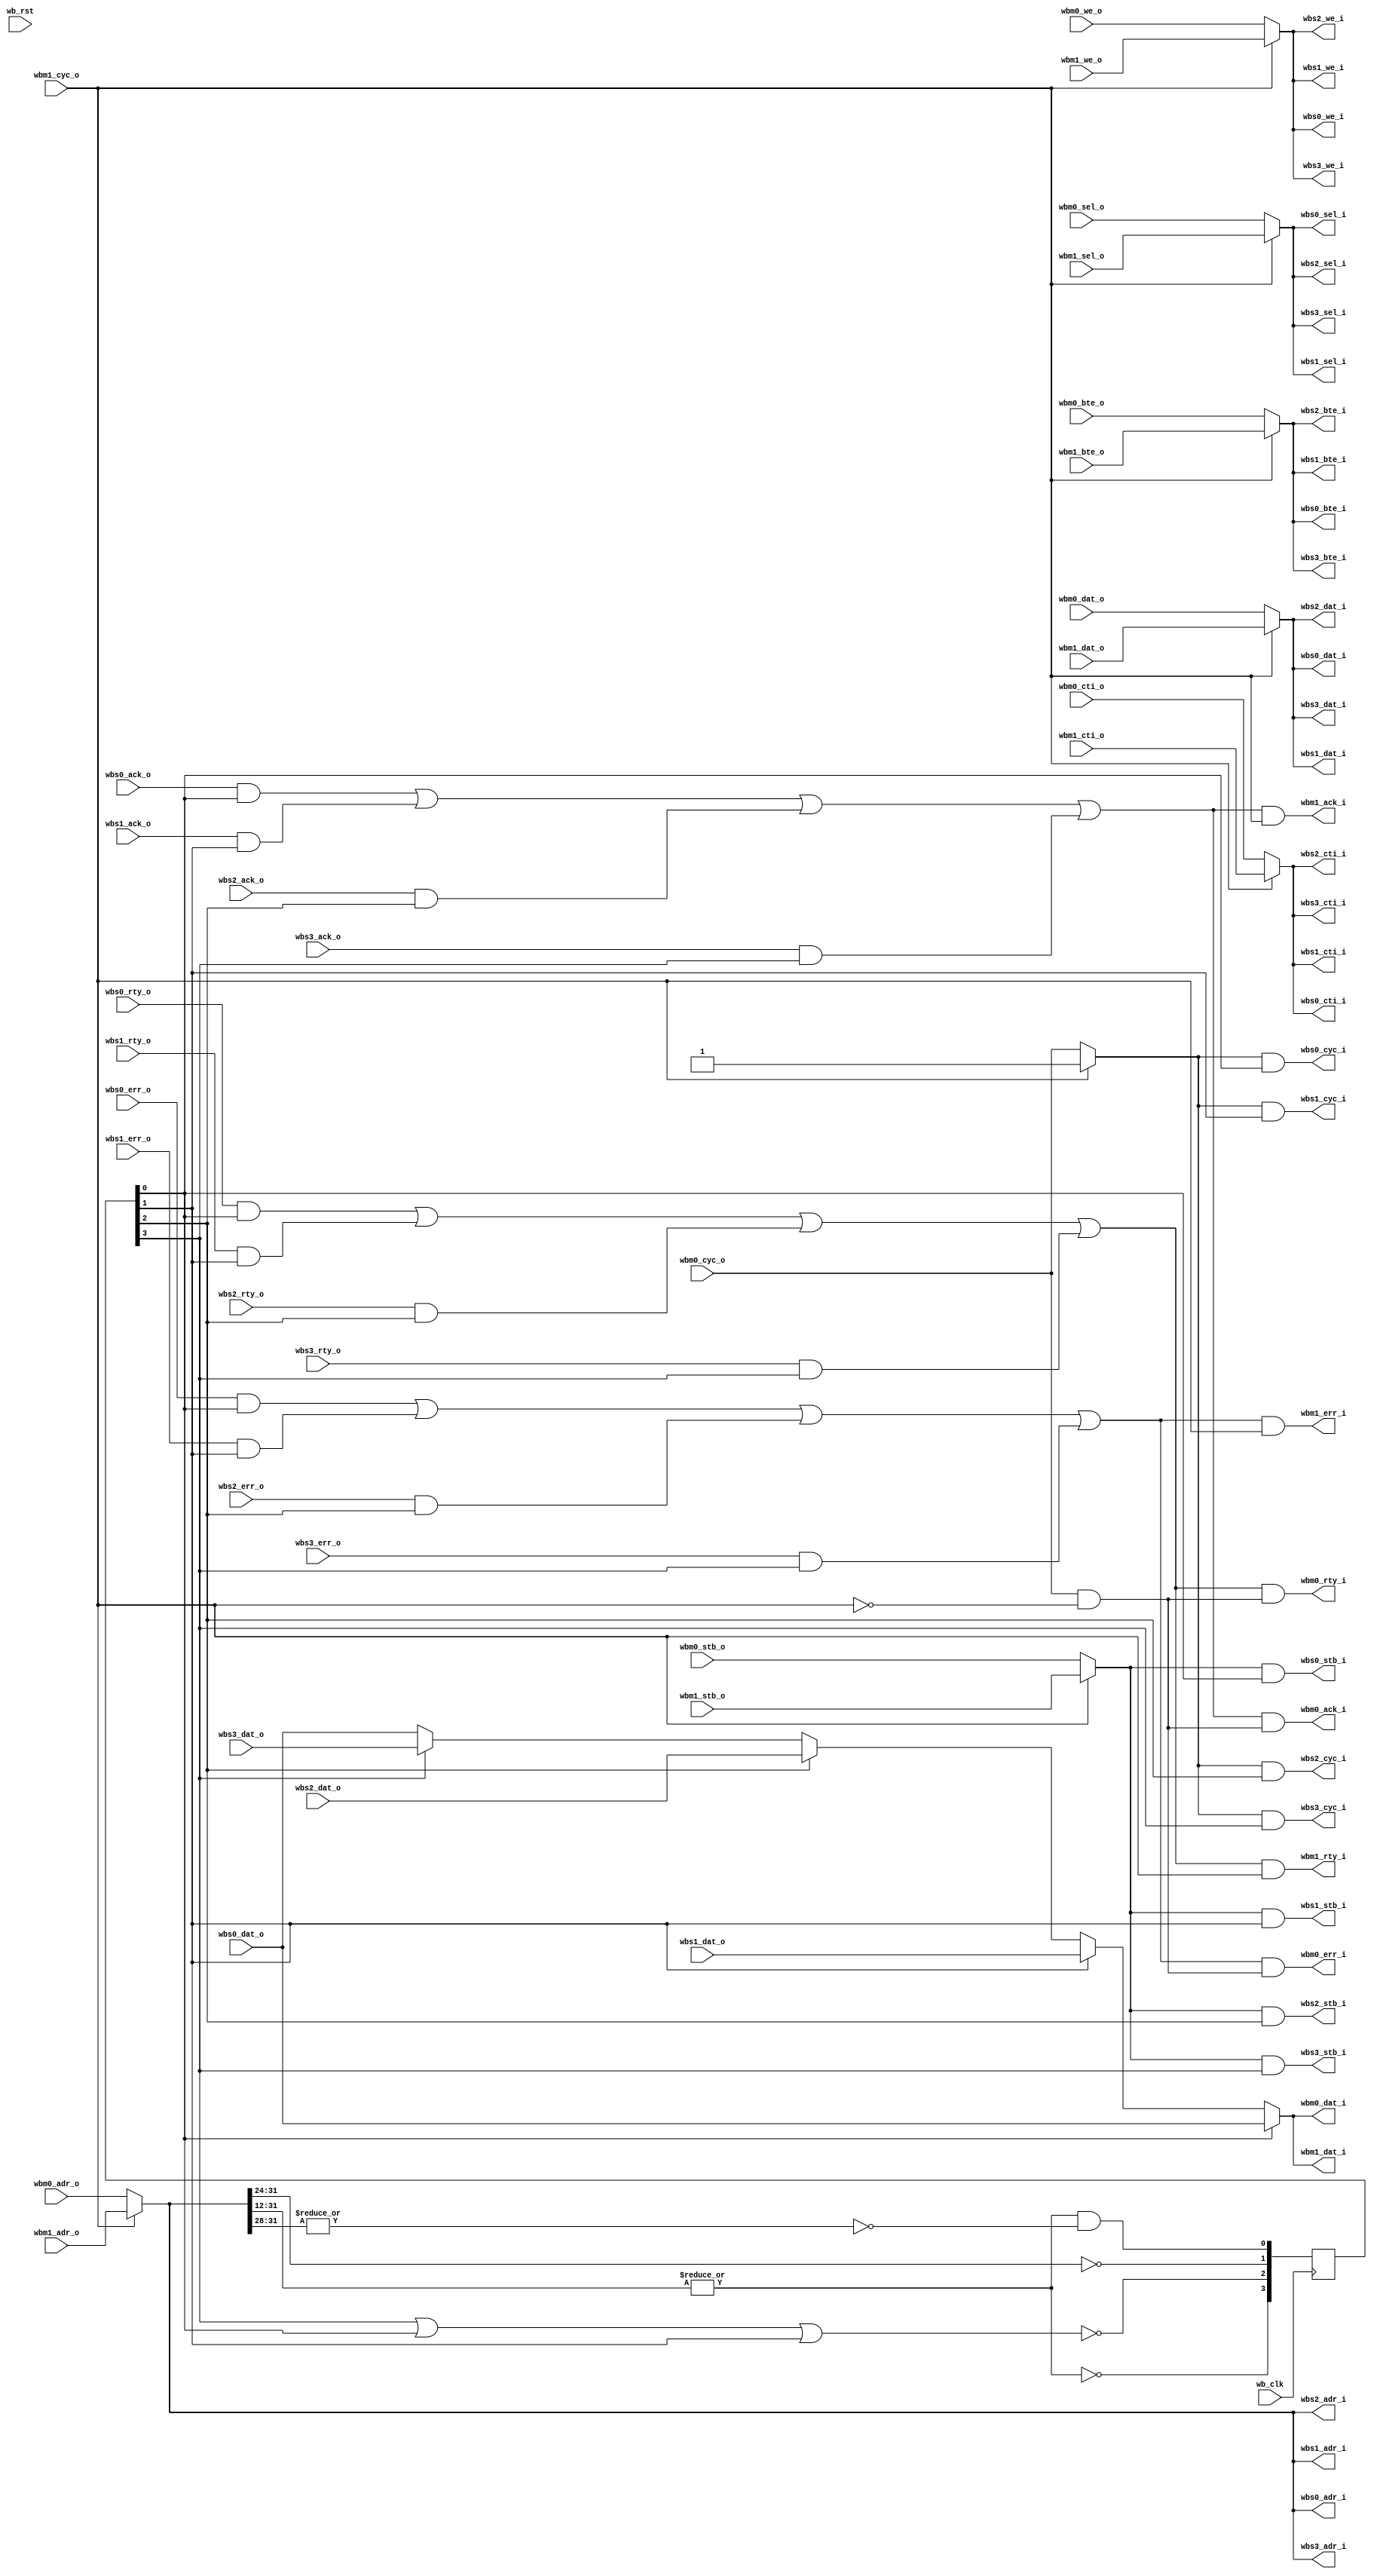
module arbiter_dbus
  (
   // or1200 data master
   // Wishbone Master interface
   wbm0_adr_o,
   wbm0_dat_o,
   wbm0_sel_o,
   wbm0_we_o,
   wbm0_cyc_o,
   wbm0_stb_o,
   wbm0_cti_o,
   wbm0_bte_o,
  
   wbm0_dat_i,
   wbm0_ack_i,
   wbm0_err_i,
   wbm0_rty_i,

   // or1200 debug master
   // Wishbone Master interface
   wbm1_adr_o,
   wbm1_dat_o,
   wbm1_sel_o,
   wbm1_we_o,
   wbm1_cyc_o,
   wbm1_stb_o,
   wbm1_cti_o,
   wbm1_bte_o,
  
   wbm1_dat_i,
   wbm1_ack_i,
   wbm1_err_i,
   wbm1_rty_i,

   // Slave one - DDR2
   // Wishbone Slave interface
   wbs0_adr_i,
   wbs0_dat_i,
   wbs0_sel_i,		    
   wbs0_we_i,
   wbs0_cyc_i,
   wbs0_stb_i,
   wbs0_cti_i,
   wbs0_bte_i,
  
   wbs0_dat_o,
   wbs0_ack_o,
   wbs0_err_o,
   wbs0_rty_o,

   // Slave two - Ethernet
   // Wishbone Slave interface
   wbs1_adr_i,
   wbs1_dat_i,
   wbs1_sel_i,		    
   wbs1_we_i,
   wbs1_cyc_i,
   wbs1_stb_i,
   wbs1_cti_i,
   wbs1_bte_i,
  
   wbs1_dat_o,
   wbs1_ack_o,
   wbs1_err_o,
   wbs1_rty_o,


   // Slave three - Byte bus - default
   // Wishbone Slave interface
   wbs2_adr_i,
   wbs2_dat_i,
   wbs2_sel_i,		    
   wbs2_we_i,
   wbs2_cyc_i,
   wbs2_stb_i,
   wbs2_cti_i,
   wbs2_bte_i,
  
   wbs2_dat_o,
   wbs2_ack_o,
   wbs2_err_o,
   wbs2_rty_o,

   // Slave four - ROM/RAM
   // Wishbone Slave interface
   wbs3_adr_i,
   wbs3_dat_i,
   wbs3_sel_i,		    
   wbs3_we_i,
   wbs3_cyc_i,
   wbs3_stb_i,
   wbs3_cti_i,
   wbs3_bte_i,
  
   wbs3_dat_o,
   wbs3_ack_o,
   wbs3_err_o,
   wbs3_rty_o,
  
   wb_clk,
   wb_rst
   );

   parameter wb_dat_width = 32;
   parameter wb_adr_width = 32;

   parameter wb_addr_match_width = 8;
   parameter wb_num_slaves = 4; // defined in orpsoc-params and set in orpsoc_top

   // Slave addresses - these should be defparam'd from top level
   // Declare them as you need them
   parameter slave0_adr = 0;
   parameter slave1_adr = 0;
   parameter slave2_adr = 0;
   parameter slave3_adr = 0;
   parameter slave0_addr_width = 28; // low
   parameter slave1_addr_width = 8;  // high
   parameter slave2_addr_width = 8;  // high
   parameter slave3_addr_width = 12; // low


   // Select for slave 0
`define WB_ARB_ADDR_MATCH_SEL wb_adr_width-1:wb_adr_width-wb_addr_match_width

   input wb_clk;
   input wb_rst;
   
   // WB Master one
   input [wb_adr_width-1:0] wbm0_adr_o;
   input [wb_dat_width-1:0] wbm0_dat_o;
   input [3:0] 		    wbm0_sel_o;
   input 		    wbm0_we_o;
   input 		    wbm0_cyc_o;
   input 		    wbm0_stb_o;
   input [2:0] 		    wbm0_cti_o;
   input [1:0] 		    wbm0_bte_o;
   output [wb_dat_width-1:0] wbm0_dat_i;   
   output 		     wbm0_ack_i;
   output 		     wbm0_err_i;
   output 		     wbm0_rty_i;   
   
   
   input [wb_adr_width-1:0]  wbm1_adr_o;
   input [wb_dat_width-1:0]  wbm1_dat_o;
   input [3:0] 		     wbm1_sel_o;   
   input 		     wbm1_we_o;
   input 		     wbm1_cyc_o;
   input 		     wbm1_stb_o;
   input [2:0] 		     wbm1_cti_o;
   input [1:0] 		     wbm1_bte_o;
   output [wb_dat_width-1:0] wbm1_dat_i;   
   output 		     wbm1_ack_i;
   output 		     wbm1_err_i;
   output 		     wbm1_rty_i;   

   
   // Slave one
   // Wishbone Slave interface
   output [wb_adr_width-1:0] wbs0_adr_i;
   output [wb_dat_width-1:0] wbs0_dat_i;
   output [3:0]		     wbs0_sel_i;
   output 		     wbs0_we_i;
   output 		     wbs0_cyc_i;
   output 		     wbs0_stb_i;
   output [2:0] 	     wbs0_cti_i;
   output [1:0] 	     wbs0_bte_i;
   input [wb_dat_width-1:0]  wbs0_dat_o;
   input 		     wbs0_ack_o;
   input 		     wbs0_err_o;
   input 		     wbs0_rty_o;
   

   // Wishbone Slave interface
   output [wb_adr_width-1:0] wbs1_adr_i;
   output [wb_dat_width-1:0] wbs1_dat_i;
   output [3:0]		     wbs1_sel_i;
   output 		     wbs1_we_i;
   output 		     wbs1_cyc_i;
   output 		     wbs1_stb_i;
   output [2:0] 	     wbs1_cti_i;
   output [1:0] 	     wbs1_bte_i;
   input [wb_dat_width-1:0]  wbs1_dat_o;
   input 		     wbs1_ack_o;
   input 		     wbs1_err_o;
   input 		     wbs1_rty_o;
   

   // Wishbone Slave interface
   output [wb_adr_width-1:0] wbs2_adr_i;
   output [wb_dat_width-1:0] wbs2_dat_i;
   output [3:0]		     wbs2_sel_i;
   output 		     wbs2_we_i;
   output 		     wbs2_cyc_i;
   output 		     wbs2_stb_i;
   output [2:0] 	     wbs2_cti_i;
   output [1:0] 	     wbs2_bte_i;
   input [wb_dat_width-1:0]  wbs2_dat_o;
   input 		     wbs2_ack_o;
   input 		     wbs2_err_o;
   input 		     wbs2_rty_o;

   // Wishbone Slave interface
   output [wb_adr_width-1:0] wbs3_adr_i;
   output [wb_dat_width-1:0] wbs3_dat_i;
   output [3:0]		     wbs3_sel_i;
   output 		     wbs3_we_i;
   output 		     wbs3_cyc_i;
   output 		     wbs3_stb_i;
   output [2:0] 	     wbs3_cti_i;
   output [1:0] 	     wbs3_bte_i;
   input [wb_dat_width-1:0]  wbs3_dat_o;
   input 		     wbs3_ack_o;
   input 		     wbs3_err_o;
   input 		     wbs3_rty_o;

   reg 		     watchdog_err;
   
   // Master input mux output wires
   wire [wb_adr_width-1:0]   wbm_adr_o;
   wire [wb_dat_width-1:0]   wbm_dat_o;
   wire [3:0] 		     wbm_sel_o;
   wire 		     wbm_we_o;
   wire 		     wbm_cyc_o;
   wire 		     wbm_stb_o;
   wire [2:0] 		     wbm_cti_o;
   wire [1:0] 		     wbm_bte_o;
   
   // Master select
   wire [1:0] 		     master_sel;
   // priority to wbm1, the debug master
   assign master_sel[0] = wbm0_cyc_o & !wbm1_cyc_o;
   assign master_sel[1] = wbm1_cyc_o;


   // Master input mux, priority to debug master
   assign wbm_adr_o = master_sel[1] ? wbm1_adr_o :
		      wbm0_adr_o;
   
   assign wbm_dat_o = master_sel[1] ? wbm1_dat_o :
		      wbm0_dat_o;
   
   assign wbm_sel_o = master_sel[1] ? wbm1_sel_o :
		      wbm0_sel_o;

   assign wbm_we_o = master_sel[1] ? wbm1_we_o :
		      wbm0_we_o;
   
   assign wbm_cyc_o = master_sel[1] ? wbm1_cyc_o :
		      wbm0_cyc_o;

   assign wbm_stb_o = master_sel[1] ? wbm1_stb_o :
		     wbm0_stb_o;

   assign wbm_cti_o = master_sel[1] ? wbm1_cti_o :
		     wbm0_cti_o;

   assign wbm_bte_o = master_sel[1] ? wbm1_bte_o :
		      wbm0_bte_o;


   wire [wb_dat_width-1:0]   wbm_dat_i;   
   wire 		     wbm_ack_i;
   wire 		     wbm_err_i;
   wire 		     wbm_rty_i;   

   // Control what master gets the slave's response
   assign wbm0_dat_i = wbm_dat_i;
   assign wbm0_ack_i = wbm_ack_i & master_sel[0];
   assign wbm0_err_i = wbm_err_i & master_sel[0];
   assign wbm0_rty_i = wbm_rty_i & master_sel[0];
   
   assign wbm1_dat_i = wbm_dat_i;
   assign wbm1_ack_i = wbm_ack_i & master_sel[1];
   assign wbm1_err_i = wbm_err_i & master_sel[1];
   assign wbm1_rty_i = wbm_rty_i & master_sel[1];
   
   // Slave select wire
   wire [wb_num_slaves-1:0]  wb_slave_sel;
   reg [wb_num_slaves-1:0]   wb_slave_sel_r;

   // Register wb_slave_sel_r to break combinatorial loop when selecting default
   // slave
   always @(posedge wb_clk)
     wb_slave_sel_r <= wb_slave_sel;
   
   // Slave out mux in wires   
   wire [wb_dat_width-1:0]   wbs_dat_o_mux_i [0:wb_num_slaves-1];
   wire 		     wbs_ack_o_mux_i [0:wb_num_slaves-1];
   wire 		     wbs_err_o_mux_i [0:wb_num_slaves-1];
   wire 		     wbs_rty_o_mux_i [0:wb_num_slaves-1];

   //
   // Slave selects
   //
     // ROM/RAM - Given priority
   assign wb_slave_sel[3] = ~|wbm_adr_o[wb_adr_width - 1:slave3_addr_width];
     // DDR
   assign wb_slave_sel[0] = ~wb_slave_sel[3] & ~|wbm_adr_o[wb_adr_width-1:slave0_addr_width];
     // Ethernet
   assign wb_slave_sel[1] = wbm_adr_o[`WB_ARB_ADDR_MATCH_SEL] == slave1_adr;
     // Auto select last slave when others are not selected
   assign wb_slave_sel[2] = ~(wb_slave_sel_r[3] | wb_slave_sel_r[0] | wb_slave_sel_r[1]);
   

`ifdef ARBITER_DBUS_WATCHDOG
   reg [`ARBITER_DBUS_WATCHDOG_TIMER_WIDTH:0] watchdog_timer;
   reg 			     wbm_stb_r; // Register strobe
   wire 		     wbm_stb_edge; // Detect its edge

   always @(posedge wb_clk)
     wbm_stb_r <= wbm_stb_o;

   assign wbm_stb_edge = (wbm_stb_o & !wbm_stb_r);
   
   // Counter logic
   always @(posedge wb_clk)
     if (wb_rst) watchdog_timer <= 0;
     else if (wbm_ack_i) // When we see an ack, turn off timer
       watchdog_timer <= 0;
     else if (wbm_stb_edge) // New access means start timer again
       watchdog_timer <= 1;
     else if (|watchdog_timer) // Continue counting if counter > 0
       watchdog_timer <= watchdog_timer + 1;

   always @(posedge wb_clk) 
     watchdog_err <= (&watchdog_timer);

   
`else // !`ifdef ARBITER_DBUS_WATCHDOG
   
   always @(posedge wb_clk) 
     watchdog_err <= 0;
   
`endif // !`ifdef ARBITER_DBUS_WATCHDOG
   

   
   // Slave 0 inputs
   assign wbs0_adr_i = wbm_adr_o;
   assign wbs0_dat_i = wbm_dat_o;
   assign wbs0_sel_i = wbm_sel_o;
   assign wbs0_cyc_i = wbm_cyc_o & wb_slave_sel_r[0];
   assign wbs0_stb_i = wbm_stb_o & wb_slave_sel_r[0];   
   assign wbs0_we_i =  wbm_we_o;
   assign wbs0_cti_i = wbm_cti_o;
   assign wbs0_bte_i = wbm_bte_o;
   assign wbs_dat_o_mux_i[0] = wbs0_dat_o;
   assign wbs_ack_o_mux_i[0] = wbs0_ack_o & wb_slave_sel_r[0];
   assign wbs_err_o_mux_i[0] = wbs0_err_o & wb_slave_sel_r[0];
   assign wbs_rty_o_mux_i[0] = wbs0_rty_o & wb_slave_sel_r[0];


   // Slave 1 inputs
   assign wbs1_adr_i = wbm_adr_o;
   assign wbs1_dat_i = wbm_dat_o;
   assign wbs1_sel_i = wbm_sel_o;
   assign wbs1_cyc_i = wbm_cyc_o & wb_slave_sel_r[1];
   assign wbs1_stb_i = wbm_stb_o & wb_slave_sel_r[1];   
   assign wbs1_we_i =  wbm_we_o;
   assign wbs1_cti_i = wbm_cti_o;
   assign wbs1_bte_i = wbm_bte_o;
   assign wbs_dat_o_mux_i[1] = wbs1_dat_o;
   assign wbs_ack_o_mux_i[1] = wbs1_ack_o & wb_slave_sel_r[1];
   assign wbs_err_o_mux_i[1] = wbs1_err_o & wb_slave_sel_r[1];
   assign wbs_rty_o_mux_i[1] = wbs1_rty_o & wb_slave_sel_r[1];


   // Slave 2 inputs
   assign wbs2_adr_i = wbm_adr_o;
   assign wbs2_dat_i = wbm_dat_o;
   assign wbs2_sel_i = wbm_sel_o;
   assign wbs2_cyc_i = wbm_cyc_o & wb_slave_sel_r[2];
   assign wbs2_stb_i = wbm_stb_o & wb_slave_sel_r[2];   
   assign wbs2_we_i =  wbm_we_o;
   assign wbs2_cti_i = wbm_cti_o;
   assign wbs2_bte_i = wbm_bte_o;
   assign wbs_dat_o_mux_i[2] = wbs2_dat_o;
   assign wbs_ack_o_mux_i[2] = wbs2_ack_o & wb_slave_sel_r[2];
   assign wbs_err_o_mux_i[2] = wbs2_err_o & wb_slave_sel_r[2];
   assign wbs_rty_o_mux_i[2] = wbs2_rty_o & wb_slave_sel_r[2];

   // Slave 3 inputs
   assign wbs3_adr_i = wbm_adr_o;
   assign wbs3_dat_i = wbm_dat_o;
   assign wbs3_sel_i = wbm_sel_o;
   assign wbs3_cyc_i = wbm_cyc_o & wb_slave_sel_r[3];
   assign wbs3_stb_i = wbm_stb_o & wb_slave_sel_r[3];   
   assign wbs3_we_i =  wbm_we_o;
   assign wbs3_cti_i = wbm_cti_o;
   assign wbs3_bte_i = wbm_bte_o;
   assign wbs_dat_o_mux_i[3] = wbs3_dat_o;
   assign wbs_ack_o_mux_i[3] = wbs3_ack_o & wb_slave_sel_r[3];
   assign wbs_err_o_mux_i[3] = wbs3_err_o & wb_slave_sel_r[3];
   assign wbs_rty_o_mux_i[3] = wbs3_rty_o & wb_slave_sel_r[3];

   // Master out mux from slave in data
   assign wbm_dat_i = wb_slave_sel_r[0] ? wbs_dat_o_mux_i[0] :
		      wb_slave_sel_r[1] ? wbs_dat_o_mux_i[1] :
		      wb_slave_sel_r[2] ? wbs_dat_o_mux_i[2] :
		      wb_slave_sel_r[3] ? wbs_dat_o_mux_i[3] :
		      wbs_dat_o_mux_i[0];
   
   // Master out acks, or together
   assign wbm_ack_i = wbs_ack_o_mux_i[0] |
		      wbs_ack_o_mux_i[1] |
		      wbs_ack_o_mux_i[2] |
		      wbs_ack_o_mux_i[3] ;
   
   assign wbm_err_i = wbs_err_o_mux_i[0] |
		      wbs_err_o_mux_i[1] |
		      wbs_err_o_mux_i[2] |
		      wbs_err_o_mux_i[3] ;
   
   assign wbm_rty_i = wbs_rty_o_mux_i[0] |
		      wbs_rty_o_mux_i[1] |
		      wbs_rty_o_mux_i[2] |
		      wbs_rty_o_mux_i[3] ;
   
endmodule